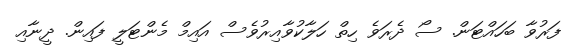
ފަރުވާ ބަހައްޓަން. ސޯ ދެރަވެ ހިތް ހަލާކުވާއިރުވެސް އައިމް މެންޓަލީ ފައިން. ދީނާއި